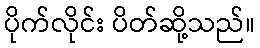
ပိုက်လိုင်း ပိတ်ဆို့သည်။